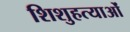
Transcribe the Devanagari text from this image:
शिशुहत्याओं